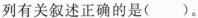
列有关叙述正确的是()。